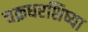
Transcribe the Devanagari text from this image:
चक्रधरशिष्या